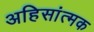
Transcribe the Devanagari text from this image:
अहिसांत्मक